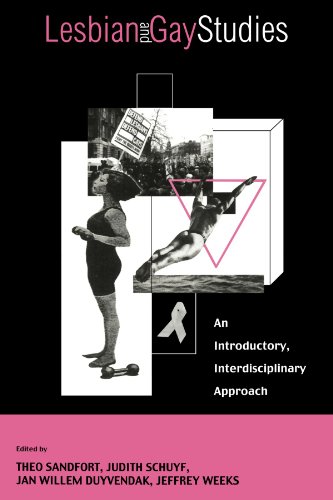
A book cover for Lesbian and Gay Studies: An Introductory, Interdisciplinary Approach; Gay & Lesbian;